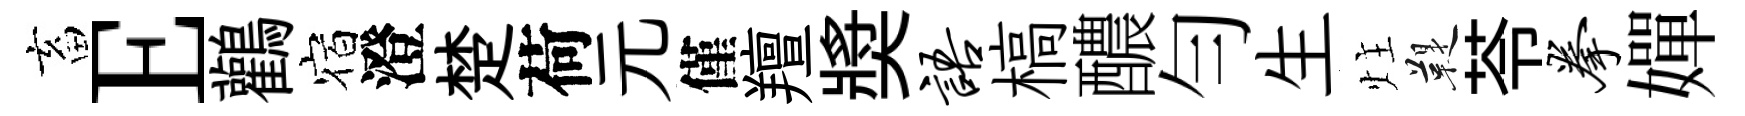
畜E鸛宿澄楚荷元僅羶奬语槁醲勻生炷鞮苓拳嬋